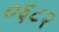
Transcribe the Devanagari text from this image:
०६८२